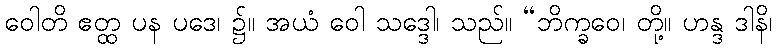
ဝေါတိ ဧတ္ထ ပန ပဒေ၊ ၌။ အယံ ဝေါ သဒ္ဒေါ၊ သည်။ “ဘိက္ခဝေ၊ တို့။ ဟန္ဒ ဒါနိ၊